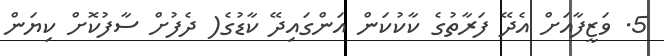
5. ވަޒީފާއަށް އެދޭ ފަރާތުގެ ކާކުކަން އަންގައިދޭ ކާޑުގެ( ދެފުށް ސާފުކޮށް ކިޔަން